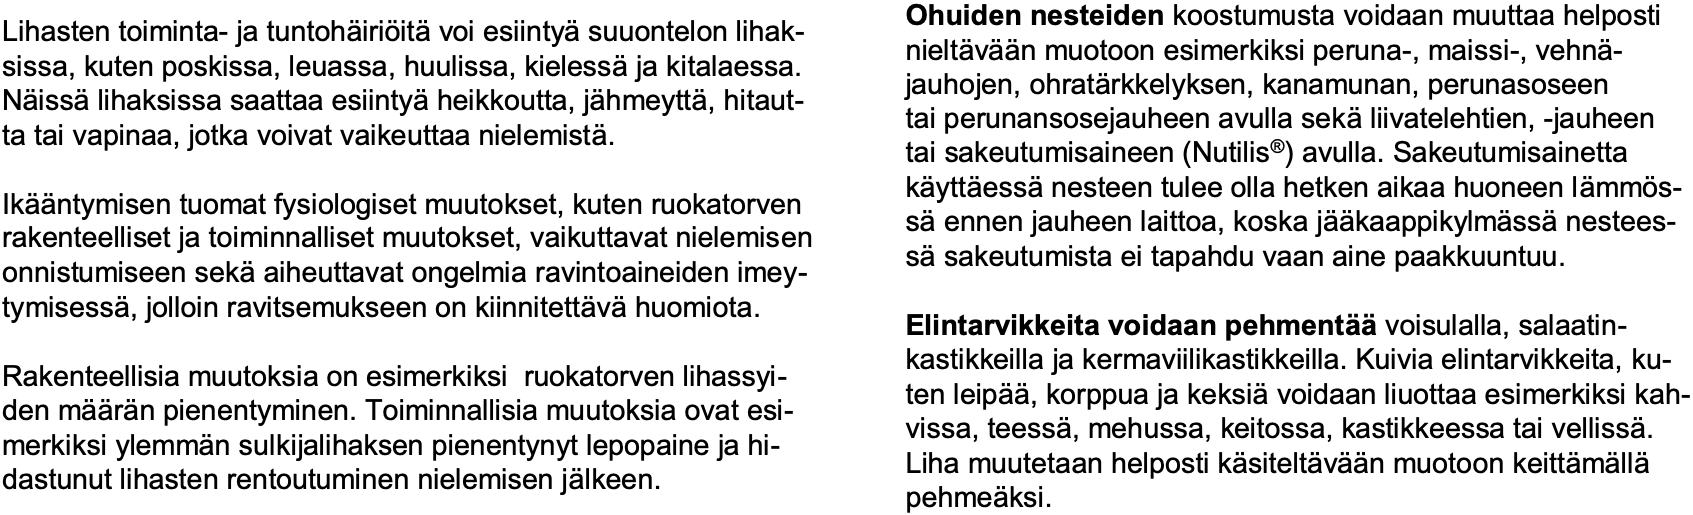
Ohuiden nesteidenkoostumusta voidaan muuttaa helposti Lihasten toiminta-ja tuntohäiriöitävoi esiintyäsuuontelon lihak- nieltävään muotoon esimerkiksi peruna-, maissi-, vehnä- sissa, kuten poskissa, leuassa, huulissa, kielessäja kitalaessa. jauhojen, ohratärkkelyksen, kanamunan, perunasoseen Näissälihaksissa saattaa esiintyäheikkoutta, jähmeyttä, hitaut- tai perunansosejauheen avulla sekäliivatelehtien, -jauheen ta tai vapinaa, jotka voivat vaikeuttaa nielemistä. tai sakeutumisaineen (Nutilis®) avulla. Sakeutumisainetta käyttäessänesteen tulee olla hetken aikaa huoneen lämmös- Ikääntymisen tuomat fysiologiset muutokset, kuten ruokatorven säennen jauheen laittoa, koska jääkaappikylmässänestees- rakenteelliset ja toiminnalliset muutokset, vaikuttavat nielemisen säsakeutumista ei tapahdu vaan aine paakkuuntuu. onnistumiseen sekäaiheuttavat ongelmia ravintoaineiden imey- tymisessä, jolloin ravitsemukseen on kiinnitettävähuomiota. Elintarvikkeita voidaan pehmentäävoisulalla, salaatin- kastikkeilla ja kermaviilikastikkeilla. Kuivia elintarvikkeita, ku- Rakenteellisia muutoksia on esimerkiksi ruokatorven lihassyi- ten leipää, korppua ja keksiävoidaan liuottaa esimerkiksi kah- den määrän pienentyminen. Toiminnallisia muutoksia ovat esi- vissa, teessä, mehussa, keitossa, kastikkeessa tai vellissä. merkiksi ylemmän sulkijalihaksen pienentynyt lepopaine ja hi- Liha muutetaan helposti käsiteltävään muotoon keittämällä dastunut lihasten rentoutuminen nielemisen jälkeen. pehmeäksi.